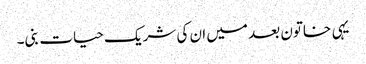
یہی خاتون بعد میں ان کی شریک حیات بنی۔